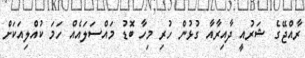
ރާއްޖޭގެ ޝަރުއީ ދާއިރާއާ ގުޅުން ހުރި މިހާ ބޮޑު މައްސަލައެއް ހަމަ ކުއްލިއަކަށް